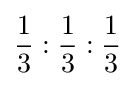
{\frac {1}{3}}:{\frac {1}{3}}:{\frac {1}{3}}